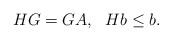
LaTeX: \begin{align*}HG=GA,~~Hb\leq b.\end{align*}